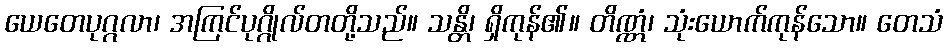
ယေတေပုဂ္ဂလာ၊ အကြင်ပုဂ္ဂိုလ်တတို့သည်။ သန္တိ၊ ရှိကုန်၏။ တိဏ္ဏံ၊ သုံးယောက်ကုန်သော။ တေသံ